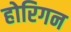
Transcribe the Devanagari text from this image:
होरिगन